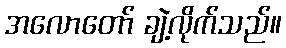
အလောတော် ချဲ့လိုက်သည်။